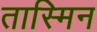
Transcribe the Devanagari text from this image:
तास्मिन